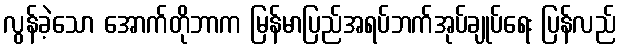
လွန်ခဲ့သော အောက်တိုဘာက မြန်မာပြည်အရပ်ဘက်အုပ်ချုပ်ရေး ပြန်လည်